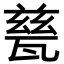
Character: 甆